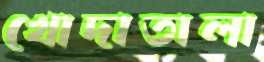
খোদাতালা